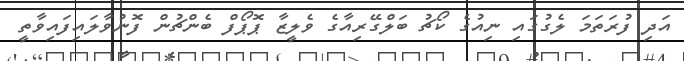
އަދި ފުރަތަމަ ލެގުގައި ނިއުގެ ކޯޗު ބަލްގޭރިއާގެ ވެލީޒާ ޕޮޕޯފް ބެންޗުން ފޮނުވާލައިފައިވާތީ